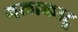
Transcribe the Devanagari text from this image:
गलाकाटू